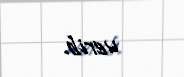
verib.